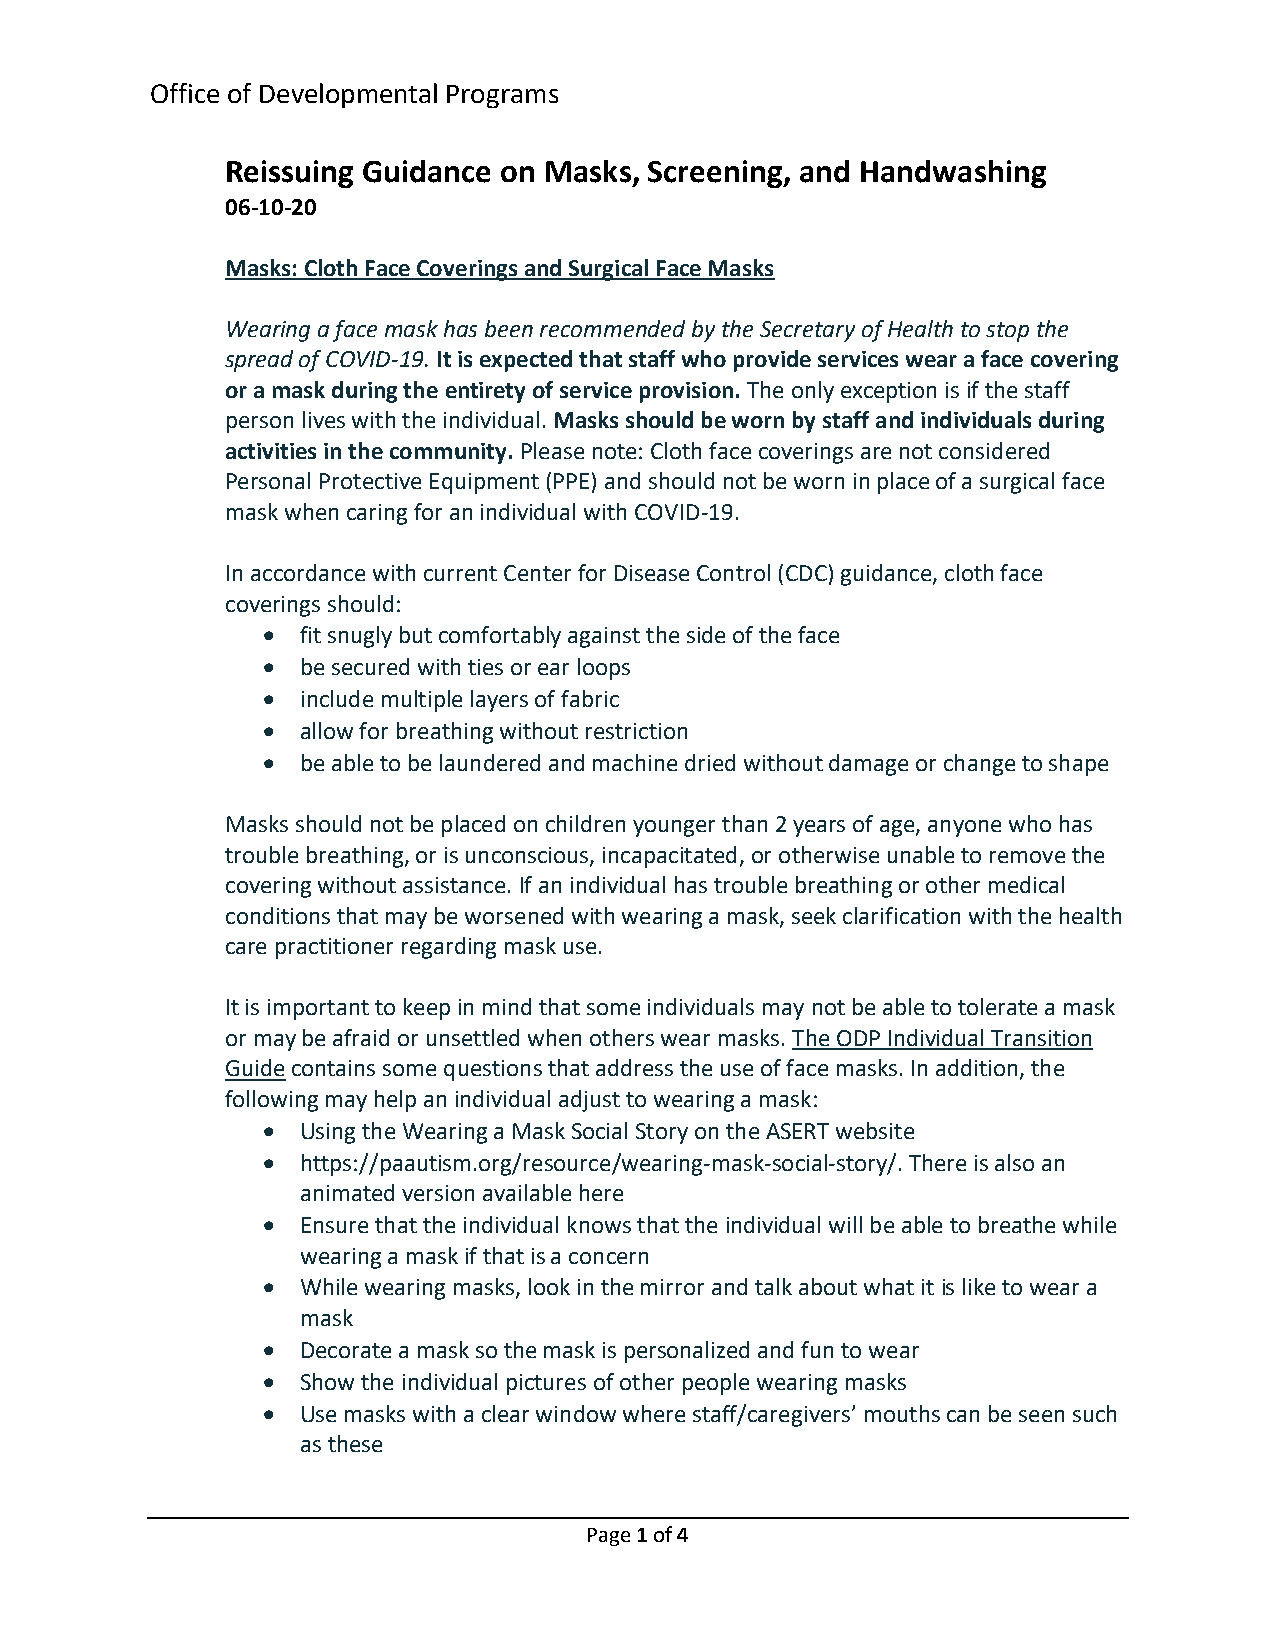
Office of Developmental Programs
 Reissuing Guidance on Masks, Screening, and Handwashing
 06-10-20
 Masks: Cloth Face Coverings and Surgical Face Masks
 Wearing a face mask has been recommended by the Secretary of Health to stop the
 spread of COVID-19. It is expected that staff who provide services wear a face covering
 or a mask during the entirety of service provision. The only exception is if the staff
 person lives with the individual. Masks should be worn by staff and individuals during
 activities in the community. Please note: Cloth face coverings are not considered
 Personal Protective Equipment (PPE) and should not be worn in place of a surgical face
 mask when caring for an individual with COVID-19.
 In accordance with current Center for Disease Control (CDC) guidance, cloth face
 coverings should:
 •  fit snugly but comfortably against the side of the face
 •  be secured with ties or ear loops
 •  include multiple layers of fabric
 •  allow for breathing without restriction
 •  be able to be laundered and machine dried without damage or change to shape
 Masks should not be placed on children younger than 2 years of age, anyone who has
 trouble breathing, or is unconscious, incapacitated, or otherwise unable to remove the
 covering without assistance. If an individual has trouble breathing or other medical
 conditions that may be worsened with wearing a mask, seek clarification with the health
 care practitioner regarding mask use.
 It is important to keep in mind that some individuals may not be able to tolerate a mask
 or may be afraid or unsettled when others wear masks. The ODP Individual Transition
 Guide contains some questions that address the use of face masks. In addition, the
 following may help an individual adjust to wearing a mask:
 •  Using the Wearing a Mask Social Story on the ASERT website
 •  https://paautism.org/resource/wearing-mask-social-story/. There is also an
 animated version available here
 •  Ensure that the individual knows that the individual will be able to breathe while
 wearing a mask if that is a concern
 •  While wearing masks, look in the mirror and talk about what it is like to wear a
 mask
 •  Decorate a mask so the mask is personalized and fun to wear
 •  Show the individual pictures of other people wearing masks
 •  Use masks with a clear window where staff/caregivers’ mouths can be seen such
 as these
 Page 1 of 4